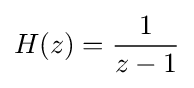
H(z)={\frac {1}{z-1}}